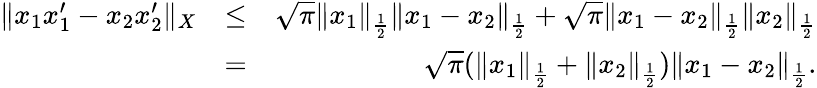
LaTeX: \begin{array}{rlr}{\| x_{1}x_{1}^{\prime}-x_{2}x_{2}^{\prime}\| _{X}}&{\leq}&{\sqrt{\pi}\| x_{1}\| _{\frac{1}{2}}\| x_{1}-x_{2}\| _{\frac{1}{2}}+\sqrt{\pi}\| x_{1}-x_{2}\| _{\frac{1}{2}}\| x_{2}\| _{\frac{1}{2}}}\\ &{=}&{\sqrt{\pi}(\| x_{1}\| _{\frac{1}{2}}+\| x_{2}\| _{\frac{1}{2}})\| x_{1}-x_{2}\| _{\frac{1}{2}}.}\end{array}